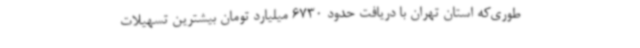
طوری‌که استان تهران با دریافت حدود 6730 میلیارد تومان بیشترین تسهیلات